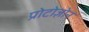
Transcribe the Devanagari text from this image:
प्रोटोज़ोन